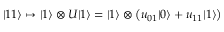
| 1 1 \rangle \mapsto | 1 \rangle \otimes U | 1 \rangle = | 1 \rangle \otimes \left( u _ { 0 1 } | 0 \rangle + u _ { 1 1 } | 1 \rangle \right)